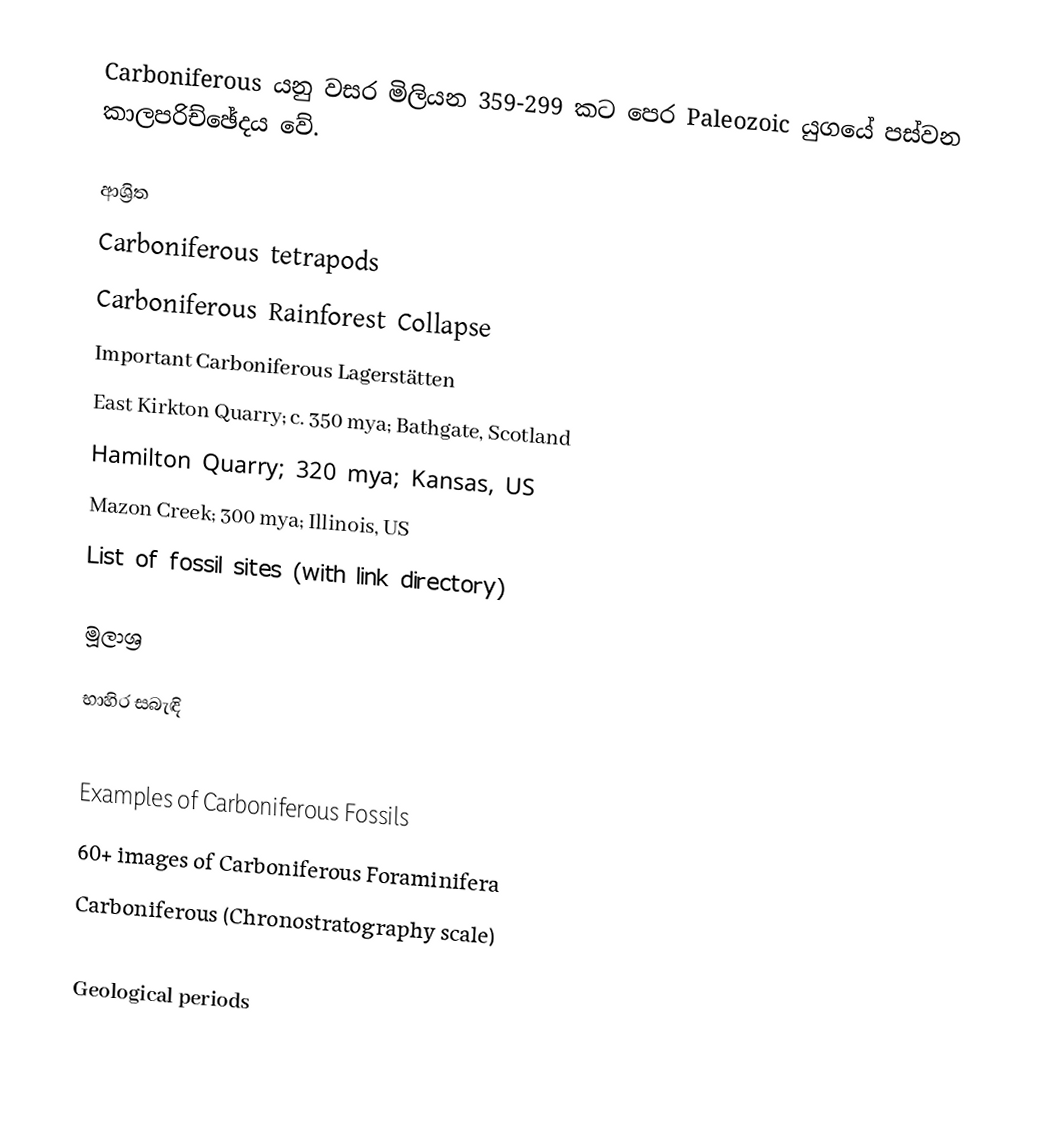
Carboniferous යනු වසර මිලියන 359-299 කට පෙර Paleozoic යුගයේ පස්වන කාලපරිච්ඡේදය වේ.

ආශ්‍රිත
 Carboniferous tetrapods
 Carboniferous Rainforest Collapse
 Important Carboniferous Lagerstätten
 East Kirkton Quarry; c. 350 mya; Bathgate, Scotland
 Hamilton Quarry; 320 mya; Kansas, US
 Mazon Creek; 300 mya; Illinois, US
 List of fossil sites (with link directory)

මූලාශ්‍ර

භාහිර සබැඳි

 Examples of Carboniferous Fossils
60+ images of Carboniferous Foraminifera
Carboniferous (Chronostratography scale)

Geological periods